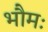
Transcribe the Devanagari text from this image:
भौमः